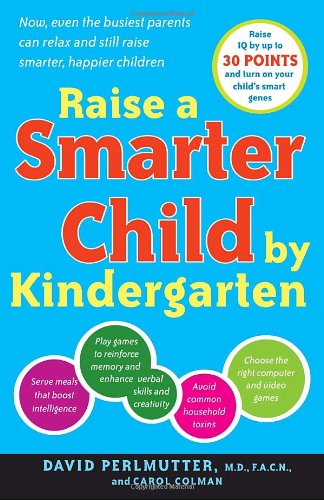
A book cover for Raise a Smarter Child by Kindergarten: Raise IQ by up to 30 points and turn on your child's smart genes; David Perlmutter M.D.; Parenting & Relationships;